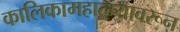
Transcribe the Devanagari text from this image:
कालिकामहात्म्यावरून